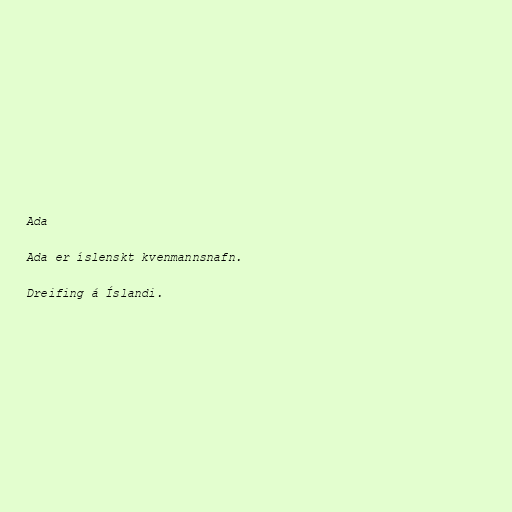
Ada

Ada er íslenskt kvenmannsnafn.

Dreifing á Íslandi.